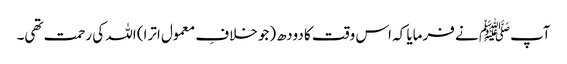
آپﷺ نے فرمایا کہ اس وقت کا دودھ (جو خلافِ معمول اترا) اللہ کی رحمت تھی۔